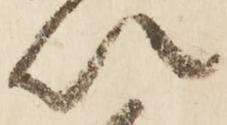
以